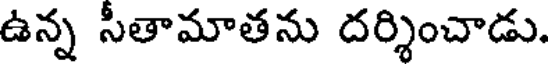
ఉన్న సీతామాతను దర్శించాడు.